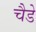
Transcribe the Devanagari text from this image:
चैडे